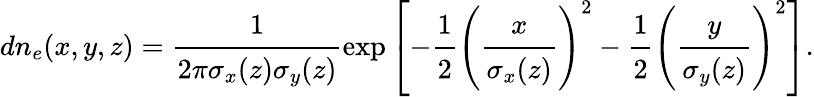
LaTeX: dn_{e}(x,y,z)=\cfrac{1}{2\pi\sigma_{x}(z)\sigma_{y}(z)}\exp\left[-\cfrac{1}{2}\left(\cfrac{x}{\sigma_{x}(z)}\right)^{2}-\cfrac{1}{2}\left(\cfrac{y}{\sigma_{y}(z)}\right)^{2}\right].